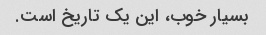
بسیار خوب، این یک تاریخ است.